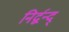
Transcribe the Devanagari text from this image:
निर्द्वन्द्